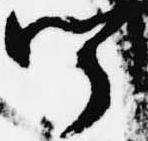
聞